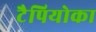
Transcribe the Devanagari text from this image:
टैपियोका